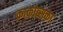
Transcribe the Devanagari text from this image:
क्राकोव्सका